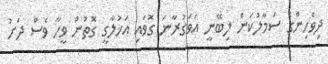
ދިވެހިންގެ ސަމާލުކަން ލިބޭނީ އަވަގުރާނަ ގޮވައި އަޚުލާގީ ގޮތުން ވީހާ ވެސް ދަށު